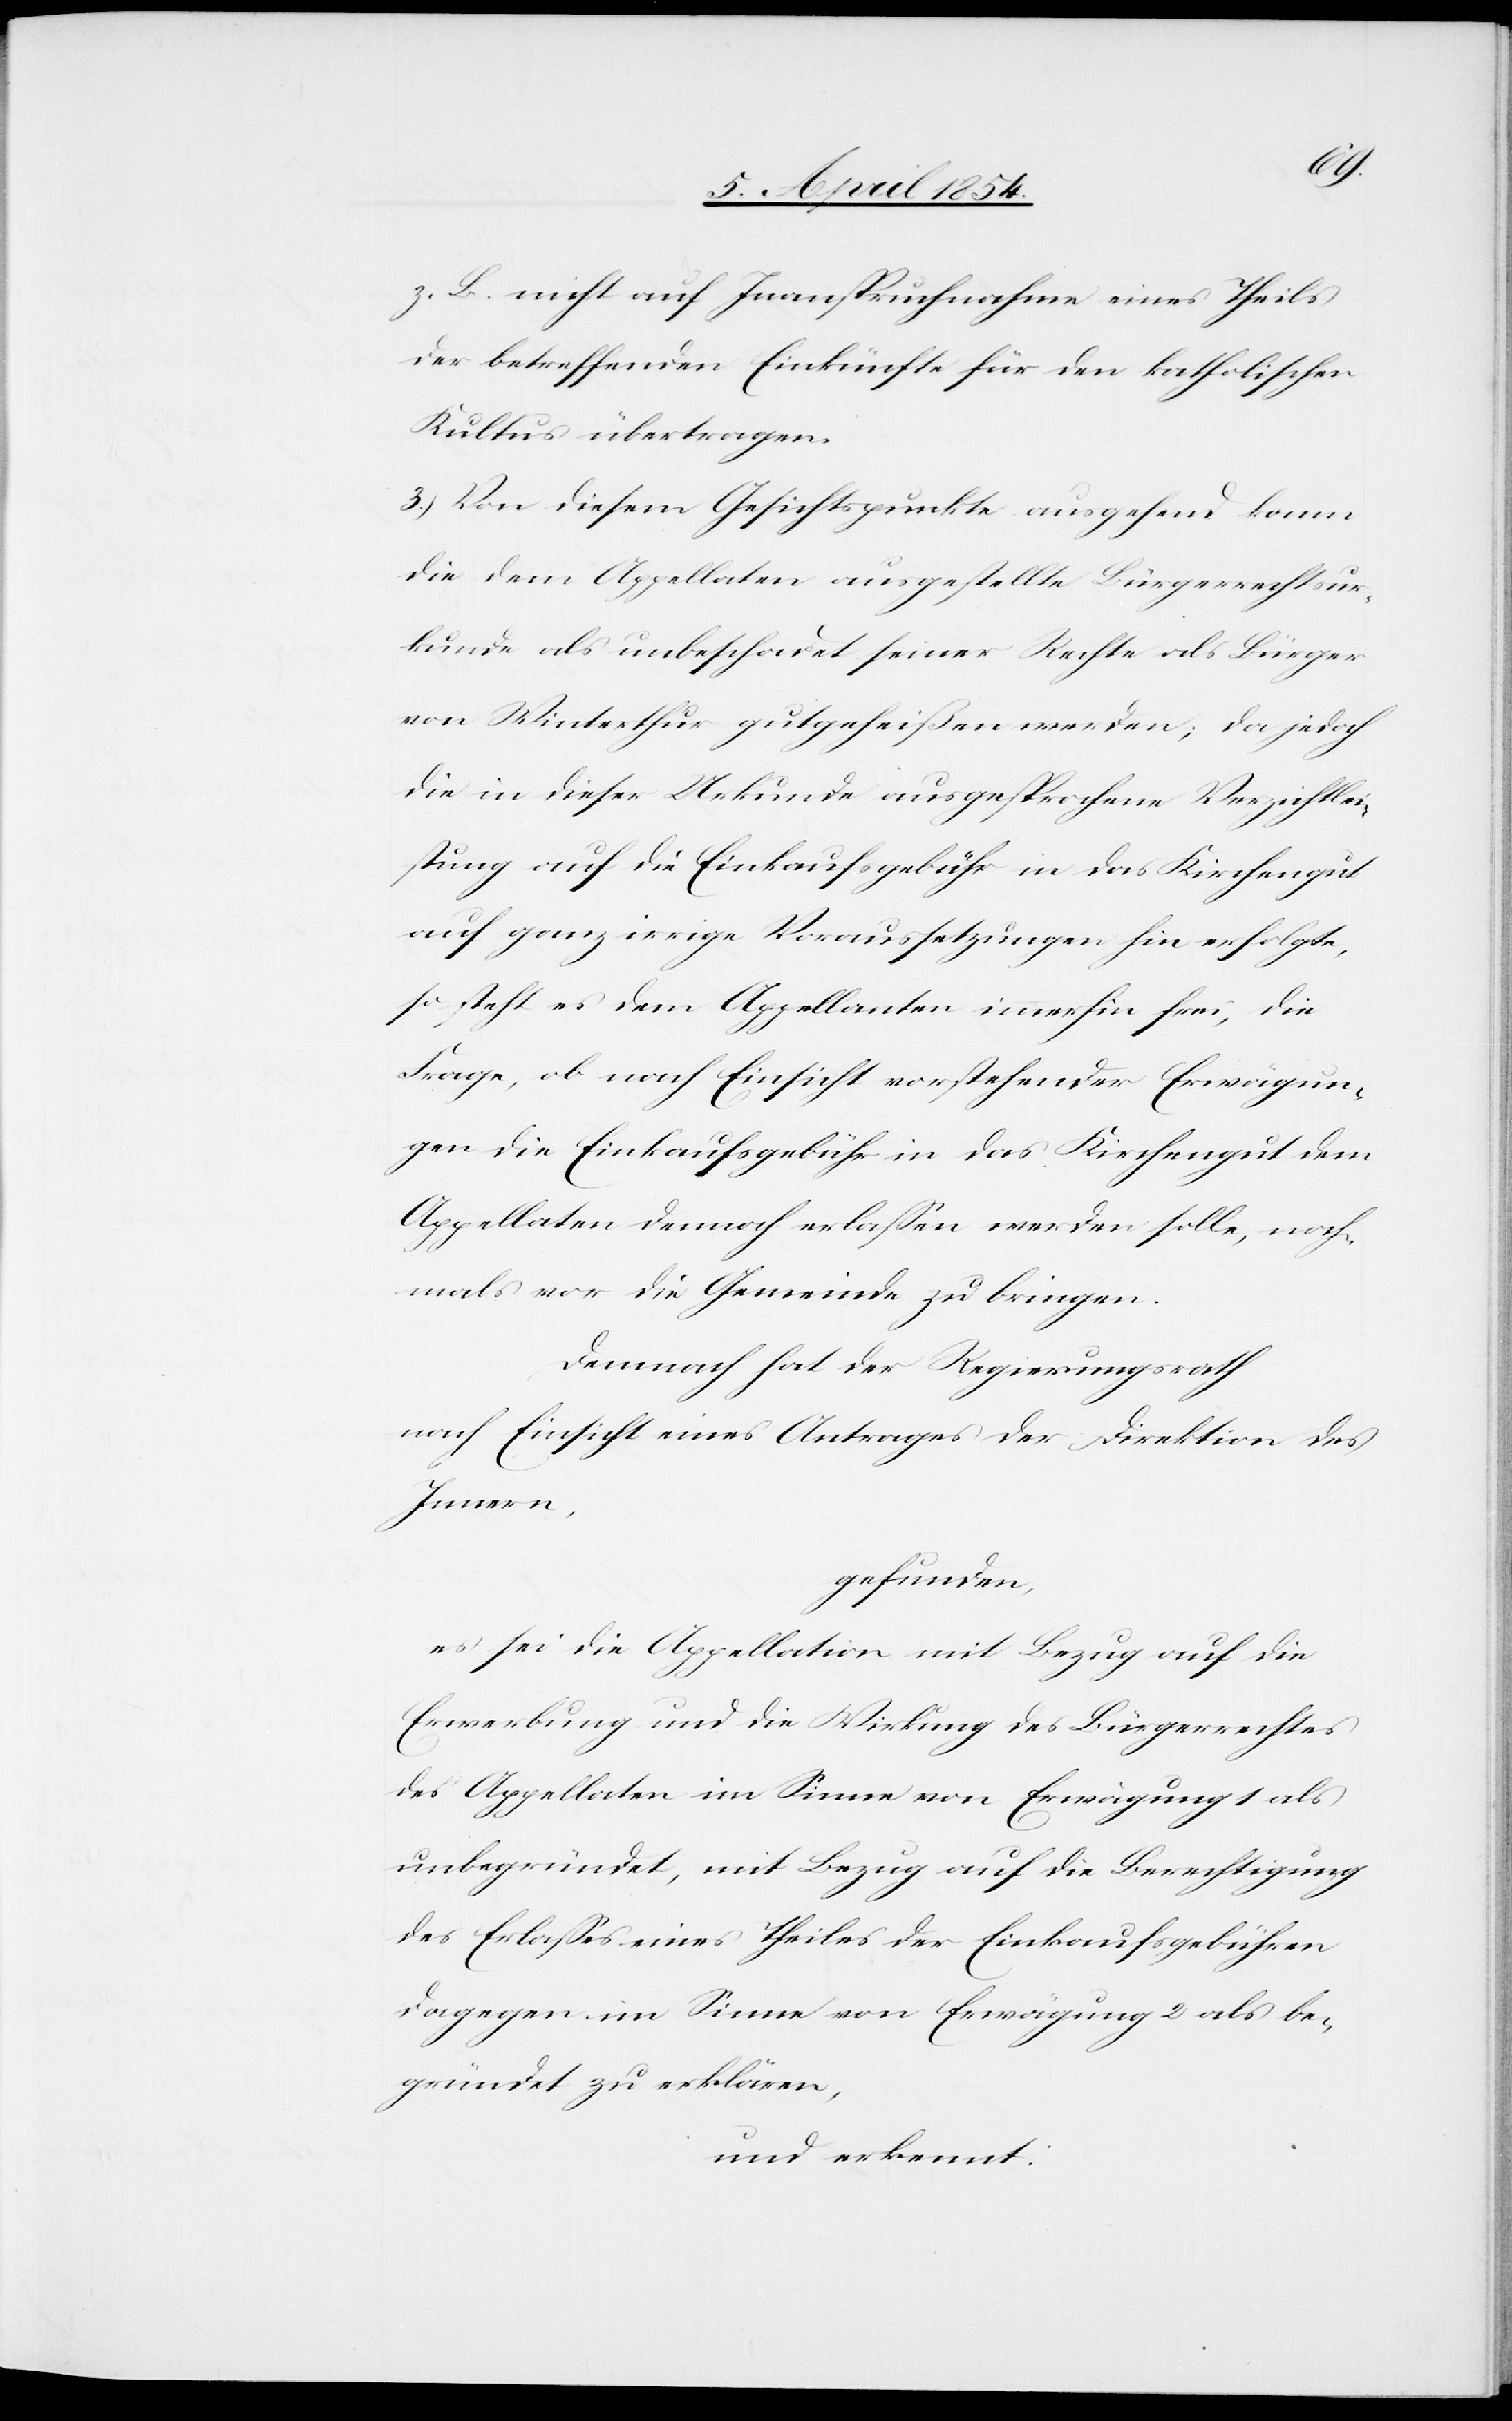
z. B. nicht auf Inanspruchnahme eines Theils
der betreffenden Einkünfte für den katholischen
Kultus übertragen.
3.) Von diesem Gesichtspunkte ausgehend kann
die dem Appellaten ausgestellte Bürgerrechtsur¬
kunde als unbeschadet seiner Rechte als Bürger
von Winterthur gutgeheißen werden; da jedoch
die in dieser Urkunde ausgesprochene Verzichtlei¬
stung auf die Einkaufsgebühr in das Kirchengut
auf ganz irrige Voraussetzungen hin erfolge,
so steht es dem Appellanten immerhin frei, die
Frage, ob nach Einsicht verstehender Erwägun¬
gen die Einkaufsgebühr in das Kirchengut dem
Appellaten dennoch erlaßen werden solle, noch¬
mals vor die Gemeinde zubringen.
Demnach hat der Regierungsrath
nach Einsicht eines Antrages der Direktion des
Innern,
gefunden,
es sei die Appellation mit Bezug auf die
Erwerbung und die Wirkung des Bürgerrechtes
des Appellaten im Sinne von Erwägung 1 als
unbegründet, mit Bezug auf die Berechtigung
des Erlaßes eines Theiles der Einkaufsgebühren
dagegen im Sinne von Erwägung 2 als be¬
gründet zu erklären,
und erkennt: